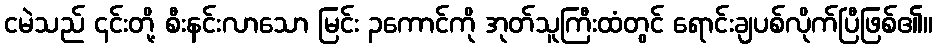
ငမဲသည် ၎င်းတို့ စီးနင်းလာသော မြင်း ၃ကောင်ကို အုတ်သူကြီးထံတွင် ရောင်းချပစ်လိုက်ပြီဖြစ်၏။